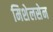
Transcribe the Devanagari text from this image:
मिशेलसेन